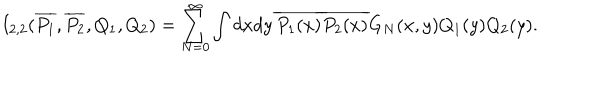
I _ { 2 , 2 } ( \overline { { { P _ { 1 } } } } , \overline { { { P _ { 2 } } } } , Q _ { 1 } , Q _ { 2 } ) = \sum _ { N = 0 } ^ { \infty } \int d x d y \, \overline { { { P _ { 1 } ( x ) } } } \overline { { { P _ { 2 } ( x ) } } } G _ { N } ( x , y ) Q _ { 1 } ( y ) Q _ { 2 } ( y ) .